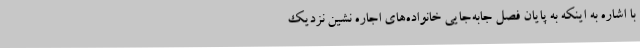
با اشاره به اینکه به پایان فصل جابه‌جایی خانواده‌های اجاره نشین نزدیک